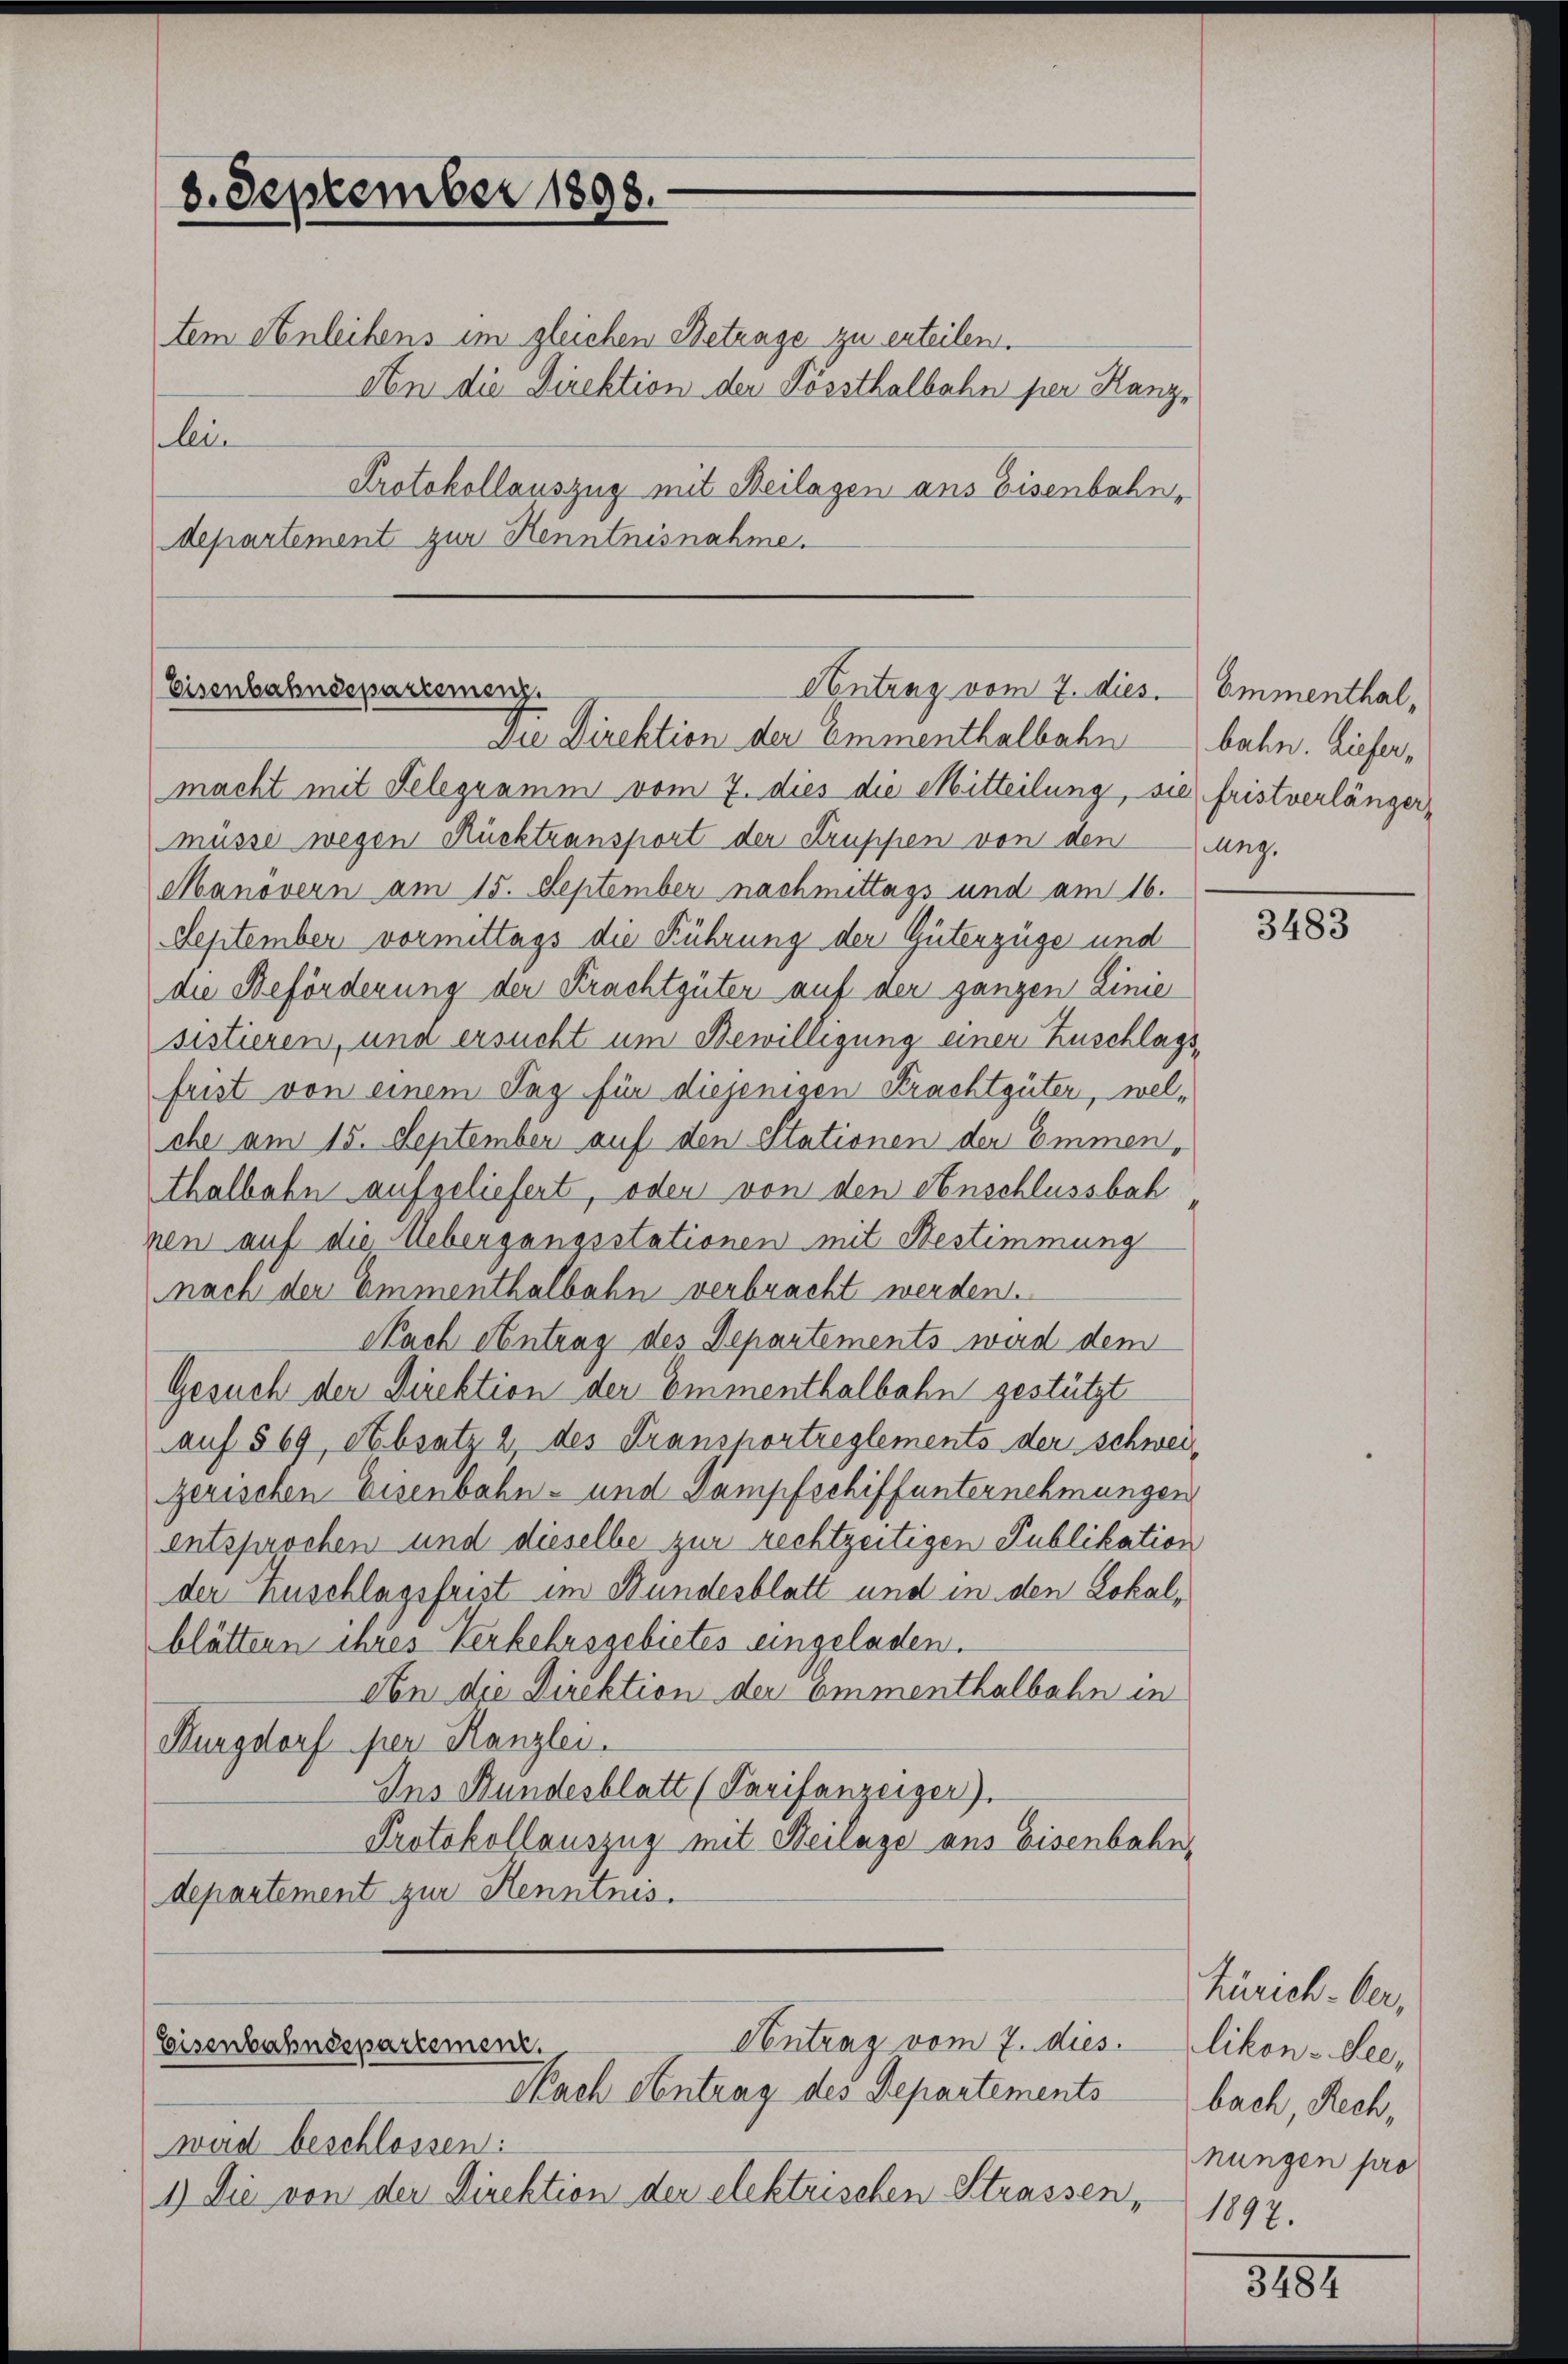
8. September 1898.
tem Anleihens im gleichen Betrage zu erteilen.
An die Direktion der Kössthalbahn per Kanzlein
Protokollauszug mit Beilagen ans Eisenbahn,
departement zur Kenntnisnahme.

Eisenbahndepartemeng
Contrag vom 7. dies. Emmenthal,
Die Direktion der Emmenthalbahnbahn. Liefer¬

macht mit Telegramm vom 7. dies die Mitteilung, sie fristverlängermüsse wegen Rücktransport der Truppen von den ung.
Manövern am 15. September nachmittags und am 16.
September vormittags die Führung der Güterzüge und
die Beförderung der Krachtgüter auf der ganzen Linie
sistieren, und ersucht um Bewilligung einer Zuschlagsfrist von einem Tag für diejenigen Krachtgüter, welche am 15. September auf den Stationen der Emmen,
thalbahn aufgeliefert, oder von den Anschlussbah
nen auf die Hebergangsstationen mit Bestimmung
nach der Emmenthalbahn verbracht werden.
Nach Antrag des Departements wird dem
Gesuch der Direktion der Emmenthalbahn gestützt
auf § 69, Absatz 2 des Fransportreglements der schweigerischen Eisenbahn- und Dampfschiffunternehmungen
entsprochen und dieselbe zur rechtzeitigen Publikation
der Zuschlagsfrist im Bundesblatt und in den Lokalblättern ihres Verkehrsgebietes eingeladen.
An die Direktion der ommenthalbahn in
Burgdorf per Kanzlei.
Ins Stundesblatt (Tarifanzeiger).
Protokollauszug mit Beilage aus Eisenbahn,
departement zur Kenntnis.

Antrag vom 7. dies
Eisenbahndepartement.
Nach Antrag des Departements

wird beschlossen:
1) Die von der Direktion der elektrischen Strassen,

3483

Zürich-ber,
likon-See,
bach Rech,
nungen pro
1892.

3181